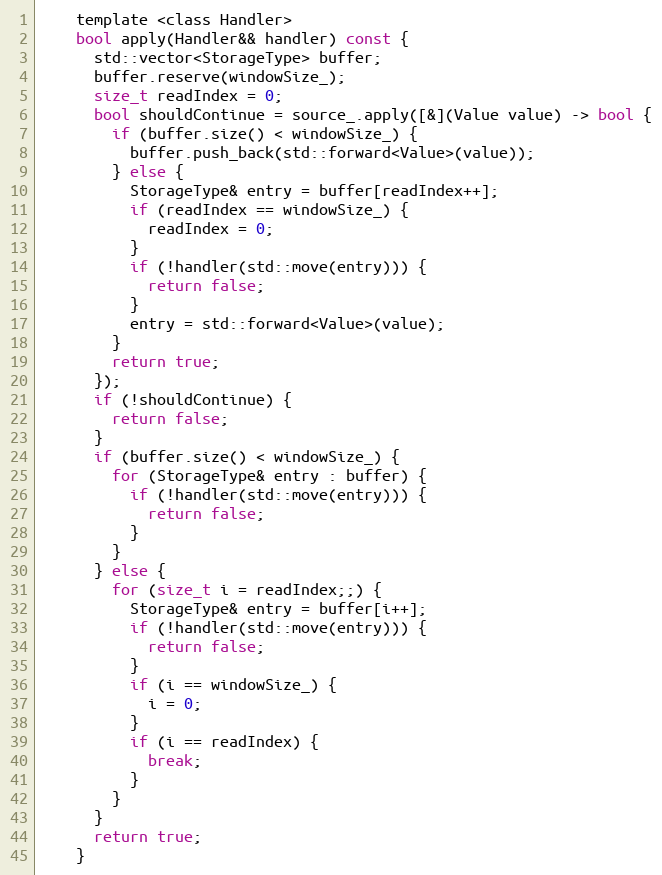
Language: C
    template <class Handler>
    bool apply(Handler&& handler) const {
      std::vector<StorageType> buffer;
      buffer.reserve(windowSize_);
      size_t readIndex = 0;
      bool shouldContinue = source_.apply([&](Value value) -> bool {
        if (buffer.size() < windowSize_) {
          buffer.push_back(std::forward<Value>(value));
        } else {
          StorageType& entry = buffer[readIndex++];
          if (readIndex == windowSize_) {
            readIndex = 0;
          }
          if (!handler(std::move(entry))) {
            return false;
          }
          entry = std::forward<Value>(value);
        }
        return true;
      });
      if (!shouldContinue) {
        return false;
      }
      if (buffer.size() < windowSize_) {
        for (StorageType& entry : buffer) {
          if (!handler(std::move(entry))) {
            return false;
          }
        }
      } else {
        for (size_t i = readIndex;;) {
          StorageType& entry = buffer[i++];
          if (!handler(std::move(entry))) {
            return false;
          }
          if (i == windowSize_) {
            i = 0;
          }
          if (i == readIndex) {
            break;
          }
        }
      }
      return true;
    }